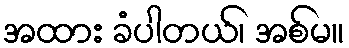
အထား ခံပါတယ်၊ အစ်မ။